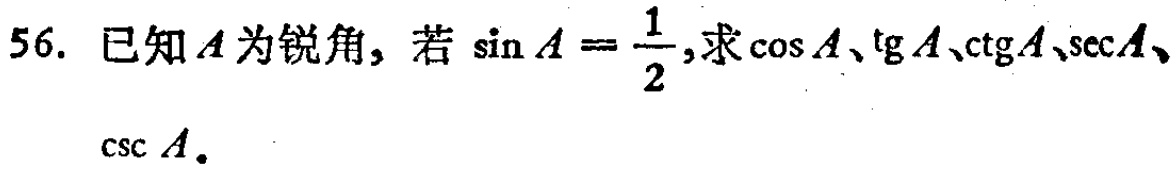
56. 已知\(A\)为锐角，若\(\sin A = \frac{1}{2}\)，求\(\cos A\)、\(\text{tg} A\)、\(\text{ctg} A\)、\(\sec A\)、\(\csc A\)。